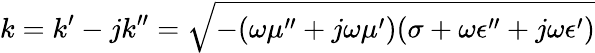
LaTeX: k=k^{\prime}-jk^{\prime\prime}={\sqrt{-(\omega\mu^{\prime\prime}+j\omega\mu^{\prime})(\sigma+\omega\epsilon^{\prime\prime}+j\omega\epsilon^{\prime})}}